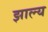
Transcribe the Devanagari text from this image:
झाल्य